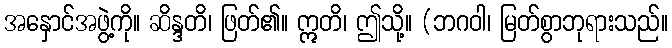
အနှောင်အဖွဲ့ကို။ ဆိန္ဒတိ၊ ဖြတ်၏။ ဣတိ၊ ဤသို့။ (ဘဂဝါ၊ မြတ်စွာဘုရားသည်။